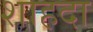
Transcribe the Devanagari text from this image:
शाहदा